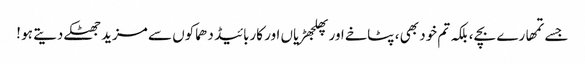
جسے تمھارے بچے ، بلکہ تم خود بھی ، پٹاخے اور پھلجھڑیاں اور کاربائیڈ دھماکوں سے مزید جھٹکے دیتے ہو !